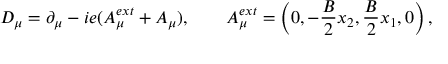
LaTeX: D _ { \mu } = \partial _ { \mu } - i e ( A _ { \mu } ^ { e x t } + A _ { \mu } ) , \qquad A _ { \mu } ^ { e x t } = \left( 0 , - \frac { B } { 2 } x _ { 2 } , \frac { B } { 2 } x _ { 1 } , 0 \right) ,